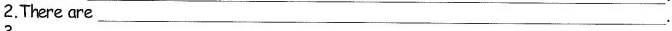
2.There are___.